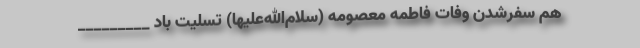
هم سفرشدن وفات فاطمه معصومه (سلام‌الله‌علیها) تسلیت باد _________